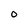
Character: o